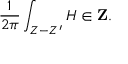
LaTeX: { \frac { 1 } { 2 \pi } } \int _ { Z - Z ^ { \prime } } H \in { \bf Z } .